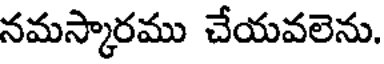
నమస్కారము చేయవలెను.